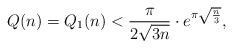
LaTeX: \begin{align*}Q(n) = Q_1(n) < \frac{\pi}{2\sqrt{3n}} \cdot e^{\pi \sqrt{\frac{n}{3}}},\end{align*}